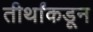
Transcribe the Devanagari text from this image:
तीर्थांकडून